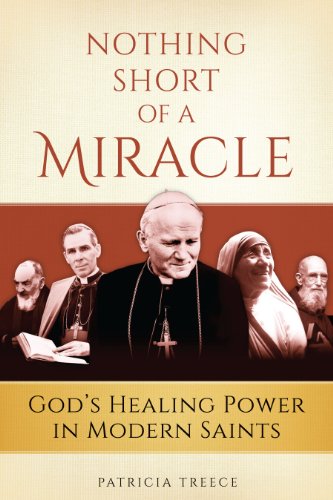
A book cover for Nothing Short of a Miracle; Patricia Treece; Christian Books & Bibles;